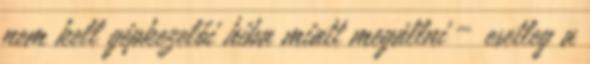
nem kell gépkezelői hiba miatt megállni – esetleg a